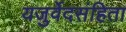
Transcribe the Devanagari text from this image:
यजुर्वेदसंहिता